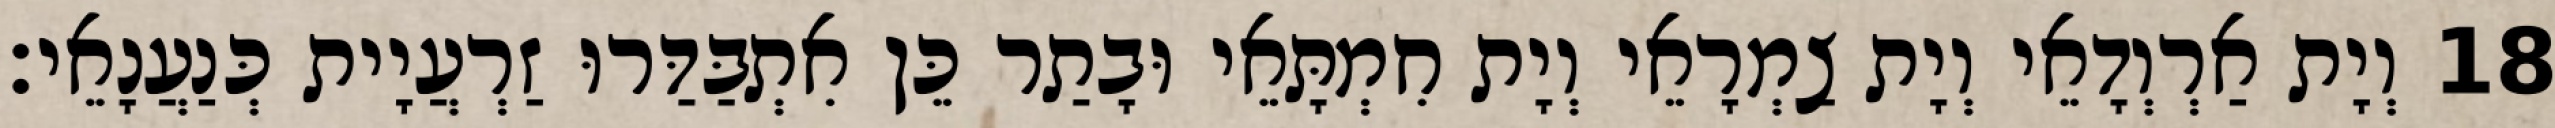
18 וְיָת אַרְוְדָאֵי וְיָת צַמְרָאֵי וְיָת חִמְתָּאֵי וּבָתַר כֵּן אִתְבַּדַּרוּ זַרְעֲיָית כְּנַעֲנָאֵי׃